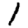
Digit: 1